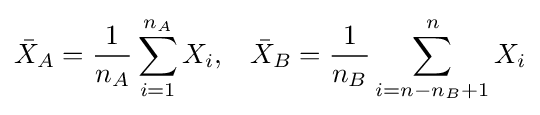
{\bar {X}}_{A}={\dfrac {1}{n_{A}}}\sum _{i=1}^{n_{A}}X_{i},\;\;\;{\bar {X}}_{B}={\dfrac {1}{n_{B}}}\sum _{i=n-n_{B}+1}^{n}X_{i}